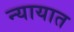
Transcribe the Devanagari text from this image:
न्यायात